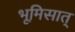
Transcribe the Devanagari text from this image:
भूमिसात्